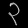
Digit: ၃